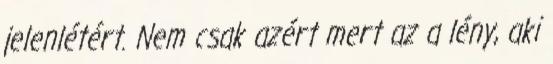
jelenlétért. Nem csak azért mert az a lény, aki